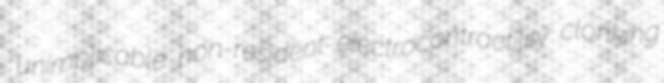
unimplicable non-resident electrocontractility clonking